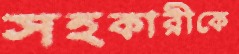
সহকারীকে